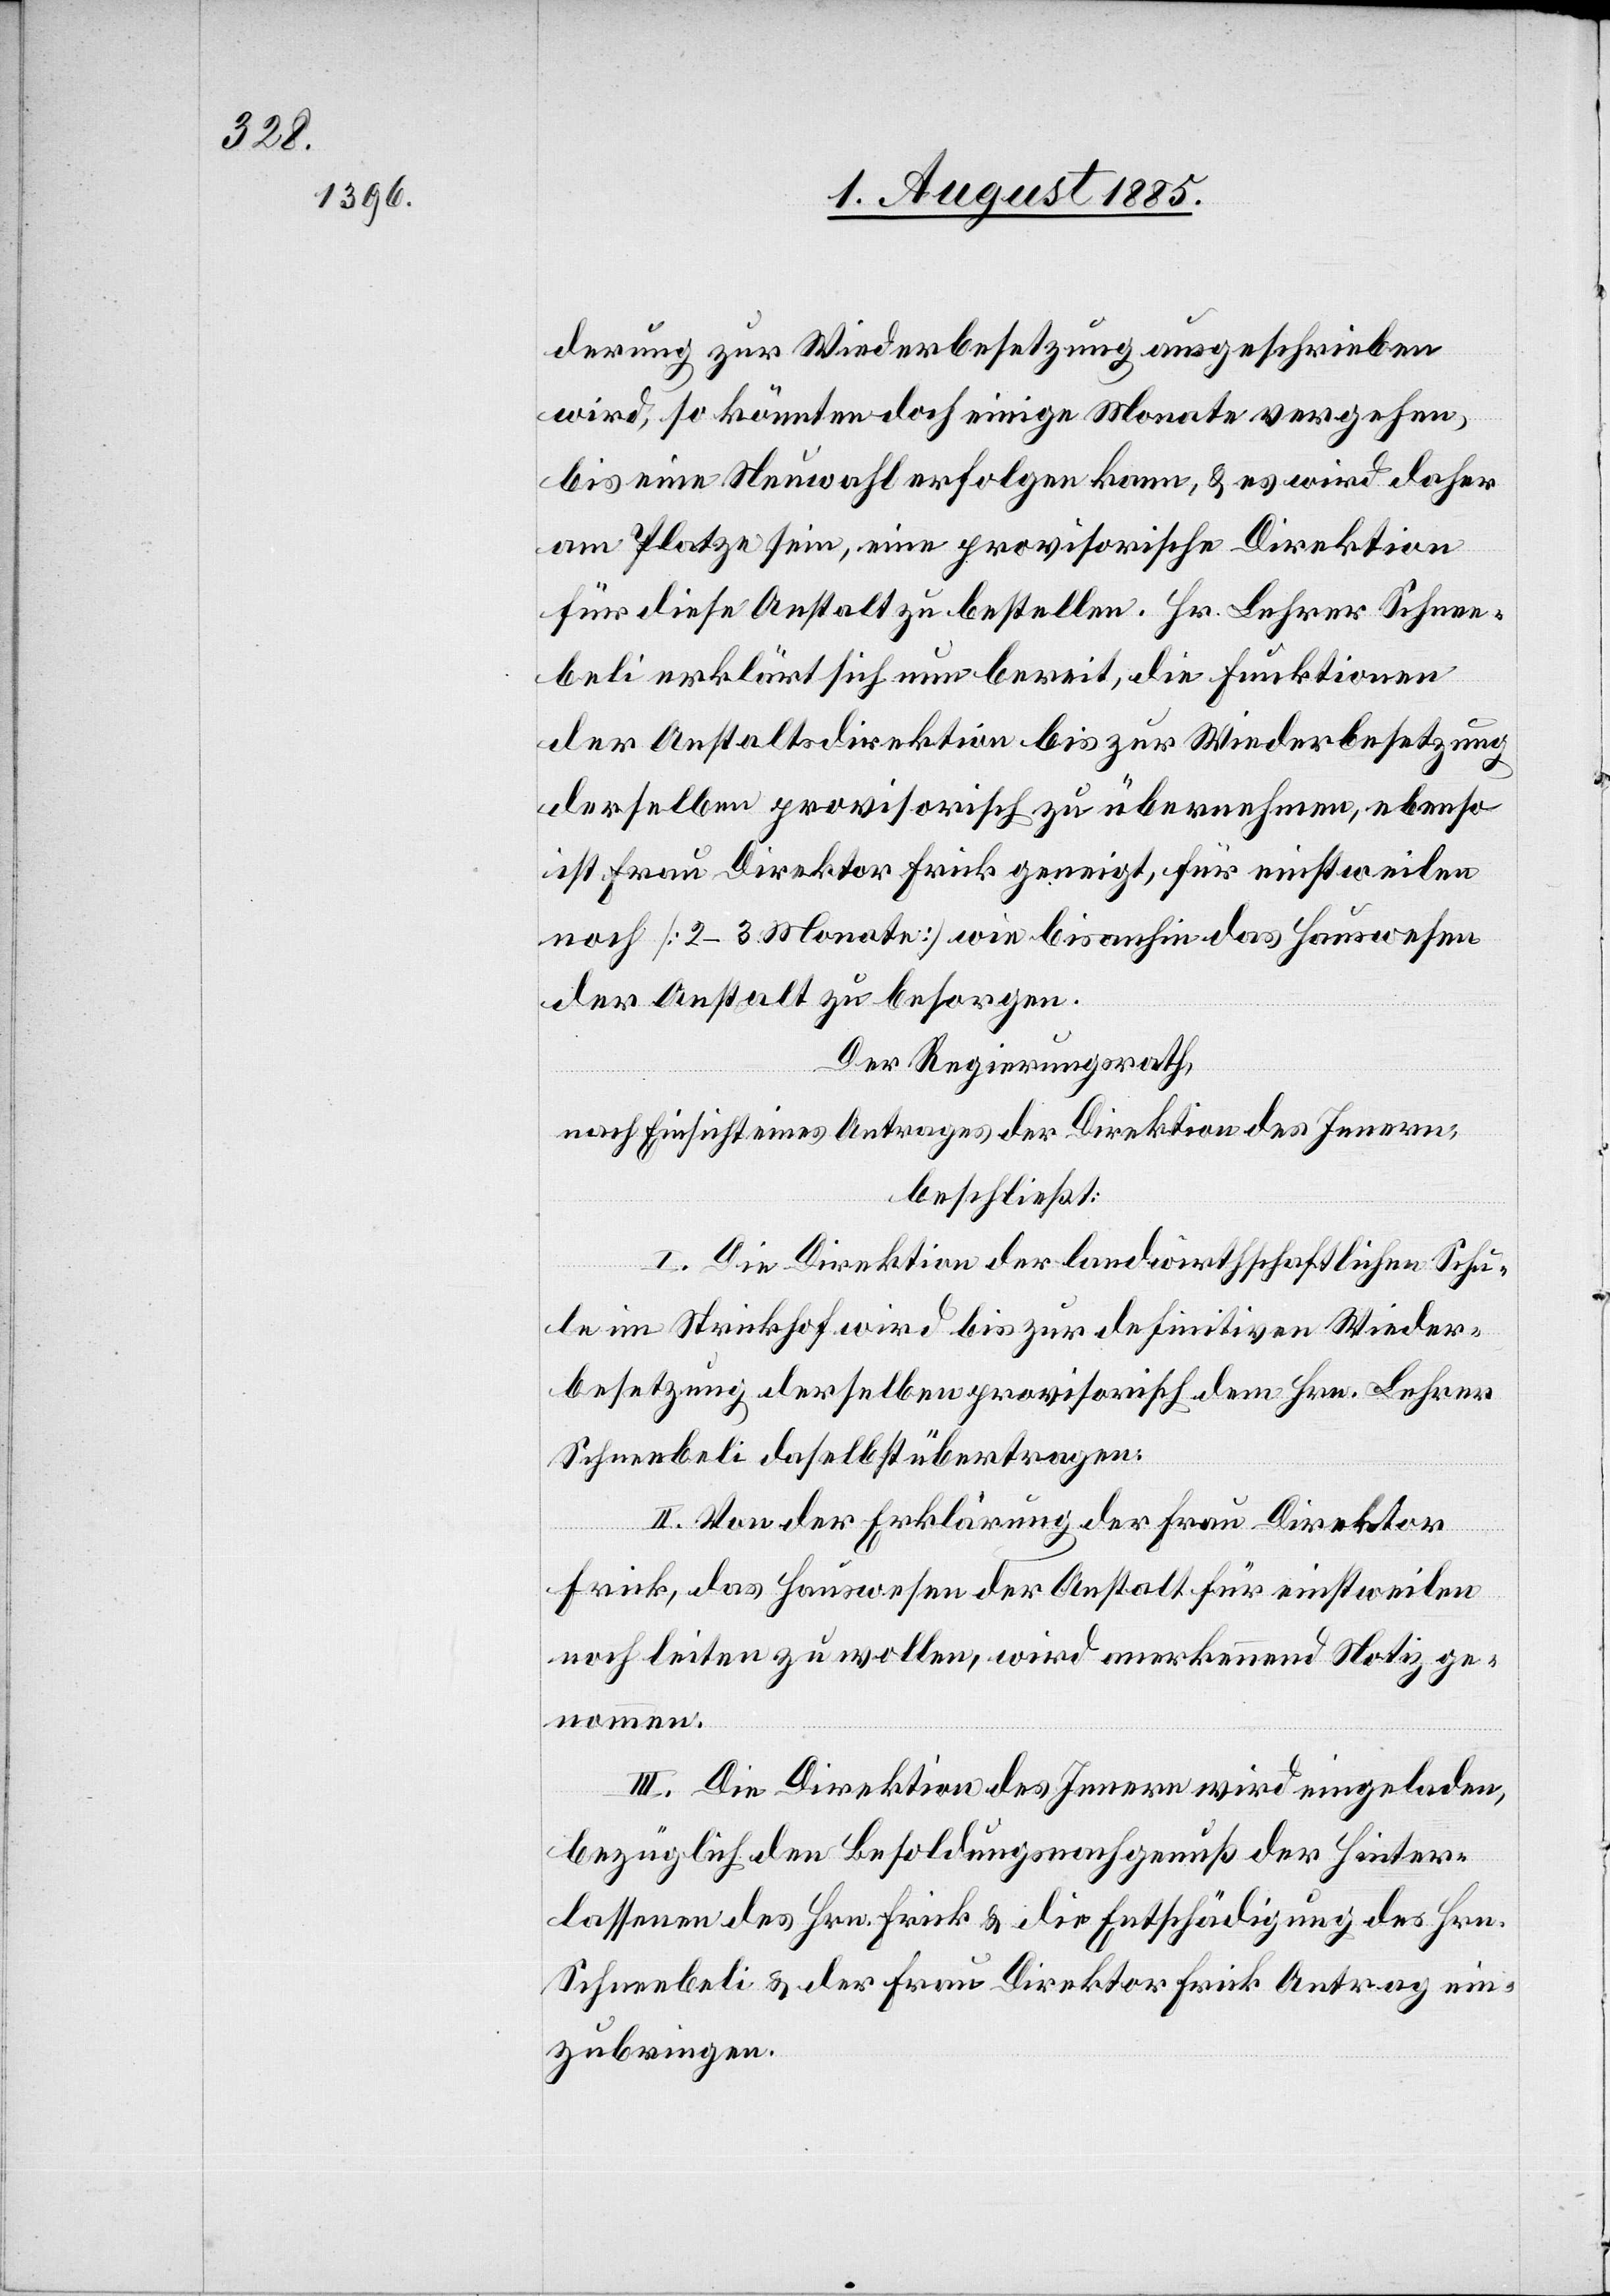
derung zur Wiederbesetzung ausgeschrieben
wird, so könnten doch einige Monate vergehen,
bis eine Neuwahl erfolgen kann & es wird daher
am Platze sein, eine provisorische Direktion
für diese Anstalt zu bestellen. Hr. Lehrer Schnee¬
beli erklärt sich nun bereit, die Funktionen
der Anstaltsdirektion bis zur Wiederbesetzung
derselben provisorisch zu übernehmen, ebenso
ist Frau Direktor Frick geneigt, für einstweilen
noch [2–3 Monate] wie bis anhin das Hauswesen
der Anstalt zu besorgen.
Der Regierungsrath,
nach Einsicht eines Antrages der Direktion des Innern,
beschließt:
I. Die Direktion der landwirthschaftlichen Schu¬
le im Strickhof wird bis zur definitiven Wieder¬
besetzung derselben provisorisch dem Hrn. Lehrer
Schneebeli daselbst übertragen.
II. Von der Erklärung der Frau Direktor
Frick, das Hauswesen der Anstalt für einstweilen
noch leiten zu wollen, wird anerkennend Notiz ge¬
nommen.
III. Die Direktion des Innern wird eingeladen,
bezüglich den Besoldungsnachgenuß der Hinter¬
lassenen des Hrn. Frick & die Entschädigung des Hrn.
Schneebeli & der Frau Direktor Frick Antrag ein¬
zubringen.